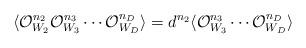
LaTeX: \begin{align*}\langle {\cal O}^{n_{2}}_{W_{2}}{\cal O}^{n_{3}}_{W_{3}}\cdots {\cal O}^{n_{D}}_{W_{D}}\rangle =d^{n_{2}}\langle {\cal O}^{n_{3}}_{W_{3}}\cdots {\cal O}^{n_{D}}_{W_{D}}\rangle\end{align*}